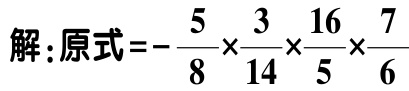
解：原式\(=-\frac{5}{8}\times\frac{3}{14}\times\frac{16}{5}\times\frac{7}{6}\)